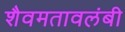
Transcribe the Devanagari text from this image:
शैवमतावलंबी